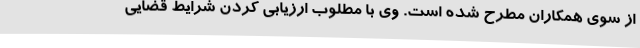
از سوی همکاران مطرح شده است. وی با مطلوب ارزیابی کردن شرایط قضایی